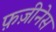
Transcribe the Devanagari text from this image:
फ़ज़ीनेस